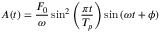
A ( t ) = \frac { F _ { 0 } } { \omega } \sin ^ { 2 } \left( \frac { \pi t } { T _ { p } } \right) \sin \left( \omega t + \phi \right)